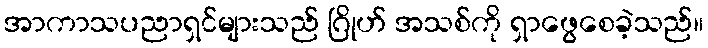
အာကာသပညာရှင်များသည် ဂြိုဟ် အသစ်ကို ရှာဖွေစေခဲ့သည်။